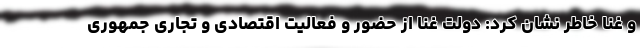
و غنا خاطر نشان کرد: دولت غنا از حضور و فعالیت اقتصادی و تجاری جمهوری